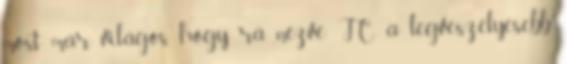
most már világos, hogy rá nézve JC a legveszélyesebb.